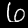
Digit: 6